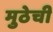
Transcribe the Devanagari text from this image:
मुठेची